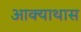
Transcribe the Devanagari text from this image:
आक्याथास